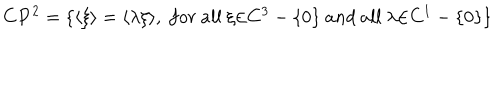
LaTeX: { \bf C } { \bf P } ^ { 2 } = \{ \langle \xi \rangle = \langle \lambda \xi \rangle , ~ f o r ~ a l l ~ { \xi } { \in } C ^ { 3 } - \{ 0 \} ~ a n d ~ a l l ~ { \lambda } { \in } C ^ { 1 } - \{ 0 \} \}